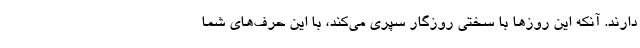
دارند. آنکه این روزها با سختی روزگار سپری می‌کند، با این حرف‌های شما